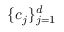
\{ \boldsymbol { c } _ { j } \} _ { j = 1 } ^ { d }